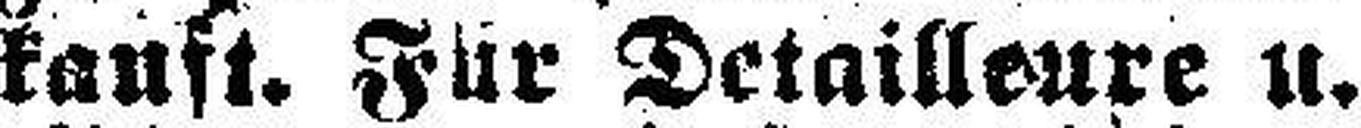
kauft. Für Detailleure u.